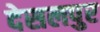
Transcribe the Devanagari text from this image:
देसलपुर